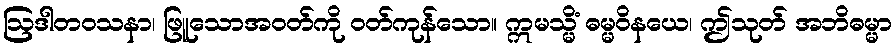
ဩဒါတဝသနာ၊ ဖြူသောအဝတ်ကို ဝတ်ကုန်သော။ ဣမသ္မိံ ဓမ္မဝိနယေ၊ ဤသုတ် အဘိဓမ္မာ